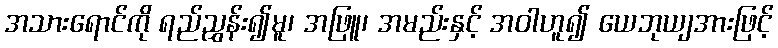
အသားရောင်ကို ရည်ညွှန်း၍မူ၊ အဖြူ၊ အမည်းနှင့် အဝါဟူ၍ ယေဘုယျအားဖြင့်